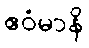
ဧဝံမာနိ